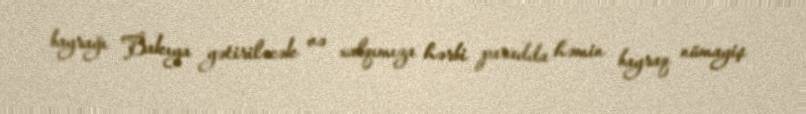
bayrağı Bakıya gətiriləcək və xalqımıza hərbi paradda həmin bayraq nümayiş